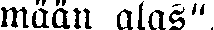
mään alas".